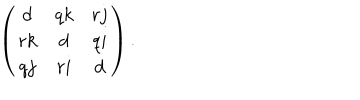
\left( \begin{array} { c c c } { { d } } & { { q k } } & { { r j } } \\ { { r k } } & { { d } } & { { q i } } \\ { { q j } } & { { r i } } & { { d } } \\ \end{array} \right) .